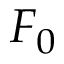
F _ { 0 }